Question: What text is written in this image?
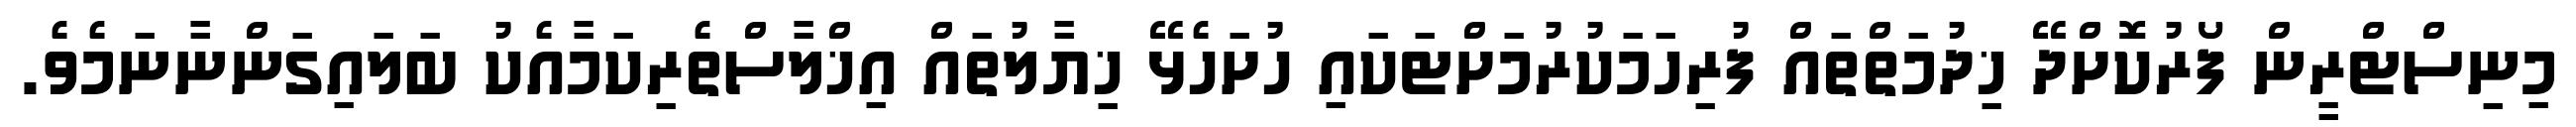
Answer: މިނިސްޓްރީން ފޯރުކޮށްދޭ ޚިދުމަތްތައް ފުރިހަމަކުރުމަށްޓަކައި ހުށަހެޅޭ ޚިޔާލުތައް އިޚްލާސްތެރިކަމާއެކު ބަލައިގަންނާނަމެވެ.